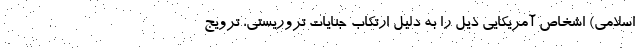
اسلامی) اشخاص آمریکاییِ ذیل را به دلیل ارتکاب جنایات تروریستی، ترویج